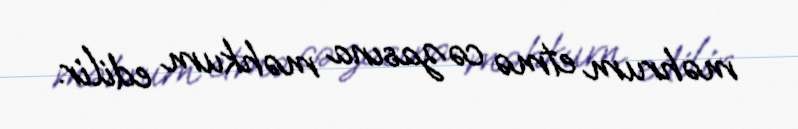
məhrum etmə cəzasına məhkum edilir.